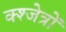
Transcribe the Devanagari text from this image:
क्श्जेत्रों